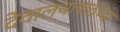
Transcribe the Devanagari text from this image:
देवालयापाठच्या